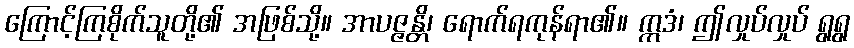
ကြောင့်ကြစိုက်သူတို့၏ အဖြစ်သို့။ အာပဇ္ဇန္တိ၊ ရောက်ရကုန်ရာ၏။ ဣဒံ၊ ဤလှုပ်လှုပ် ရွရွ